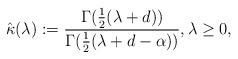
LaTeX: \begin{align*}\hat\kappa(\lambda): = \frac{\Gamma(\frac{1}{2}(\lambda +d))}{\Gamma(\frac{1}{2}(\lambda +d-\alpha))}, \lambda \geq 0,\end{align*}